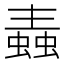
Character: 𧏼